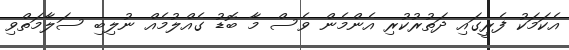
އެކަމަކު ފެރީގައި ދަތުރުކުރި އެންމެން ވެސް މާ ބޮޑު ގެއްލުމެއް ނުލިބި ސަލާމަތްވި